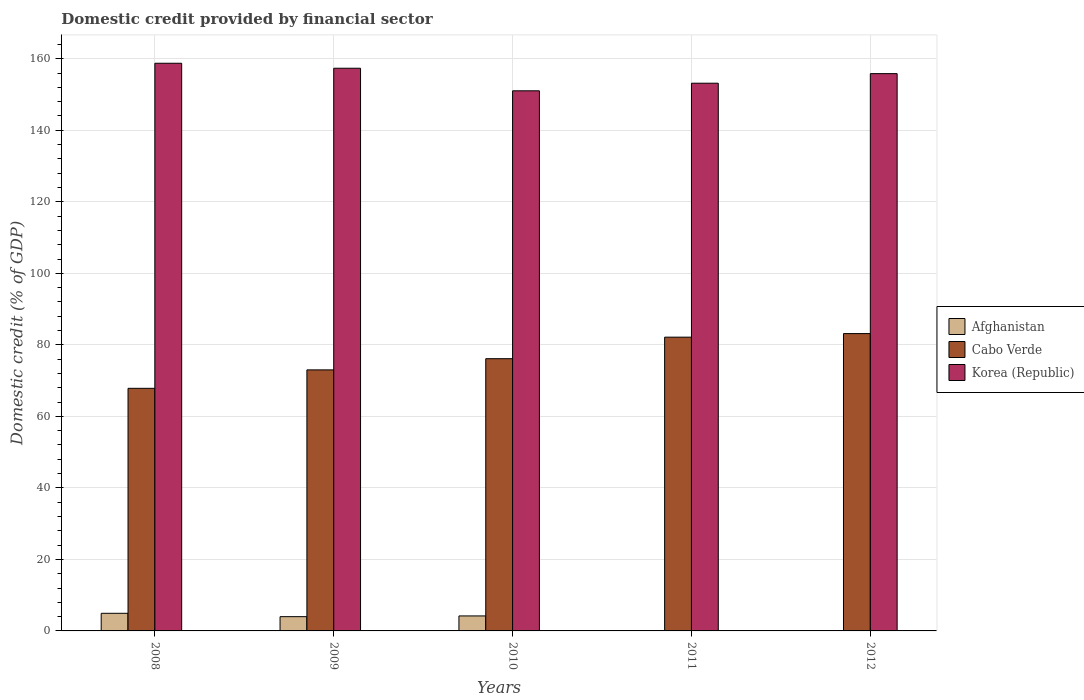
| Years | Afghanistan | Cabo Verde | Korea (Republic) |
 | --- | --- | --- | --- |
 | 2008 | 4.93 | 67.8 | 159 |
 | 2009 | 3.99 | 73 | 157 |
 | 2010 | 4.19 | 76.1 | 151 |
 | 2011 | -2.98 | 82.1 | 153 |
 | 2012 | -4.03 | 83.2 | 156 |